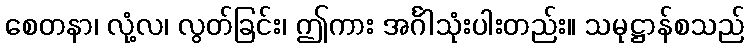
စေတနာ၊ လုံ့လ၊ လွတ်ခြင်း၊ ဤကား အင်္ဂါသုံးပါးတည်း။ သမုဋ္ဌာန်စသည်